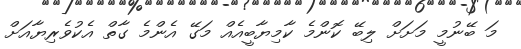
މަ ބޭނުމީ މަށަށް ލިބޭ ކޮންމެ ކާމިޔާބީއެއް މަގޭ އެންމެ ގާތް އެކުވެރިޔާއަށް